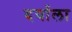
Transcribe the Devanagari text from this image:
दर्याला